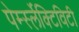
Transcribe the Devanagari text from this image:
पेर्म्स्लेक्टिविटी